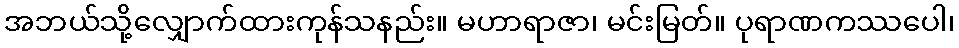
အဘယ်သို့လျှောက်ထားကုန်သနည်း။ မဟာရာဇာ၊ မင်းမြတ်။ ပုရာဏကဿပေါ၊